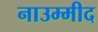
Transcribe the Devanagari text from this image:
नाउम्मीद